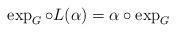
LaTeX: \begin{align*}\exp_G\circ L(\alpha)=\alpha\circ \exp_G\end{align*}